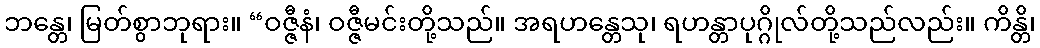
ဘန္တေ၊ မြတ်စွာဘုရား။ “ဝဇ္ဇီနံ၊ ဝဇ္ဇီမင်းတို့သည်။ အရဟန္တေသု၊ ရဟန္တာပုဂ္ဂိုလ်တို့သည်လည်း။ ကိန္တိ၊